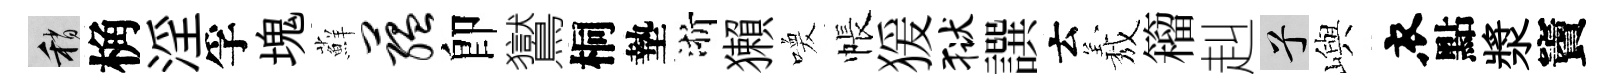
稍桷淫孚塊蘚蕴卽鸑桐墊浙獺喚帳猨狱譔云𦏁籕赳兮嶼衣點漿竇